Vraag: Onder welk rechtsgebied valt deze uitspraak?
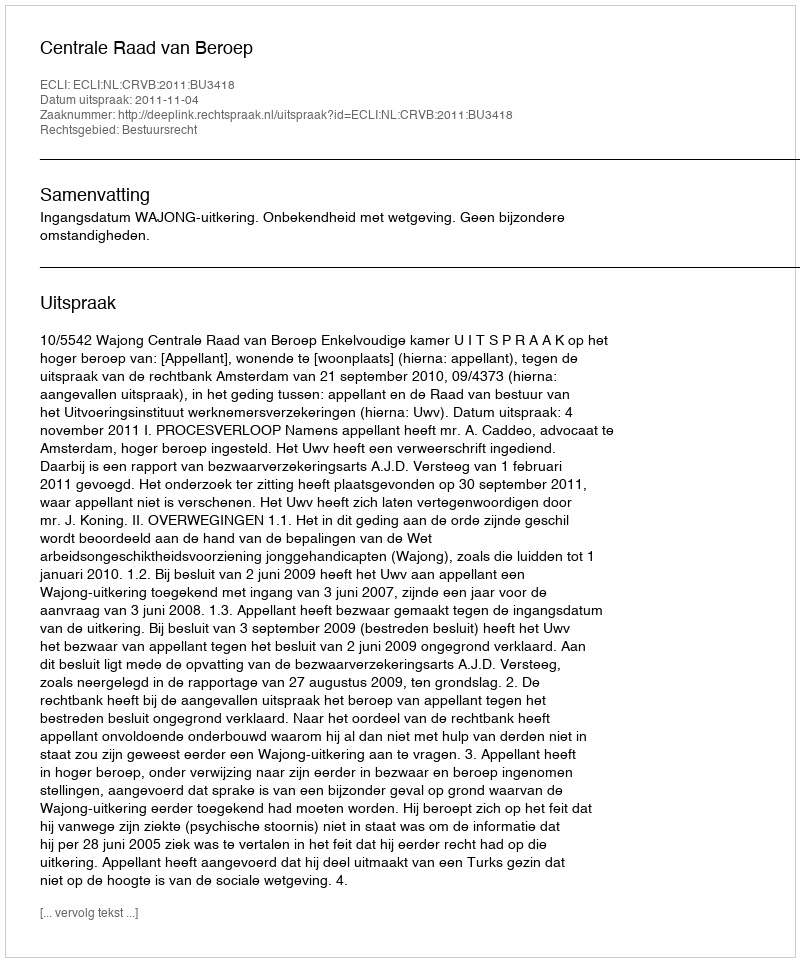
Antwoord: Bestuursrecht